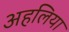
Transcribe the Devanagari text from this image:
अहलिया